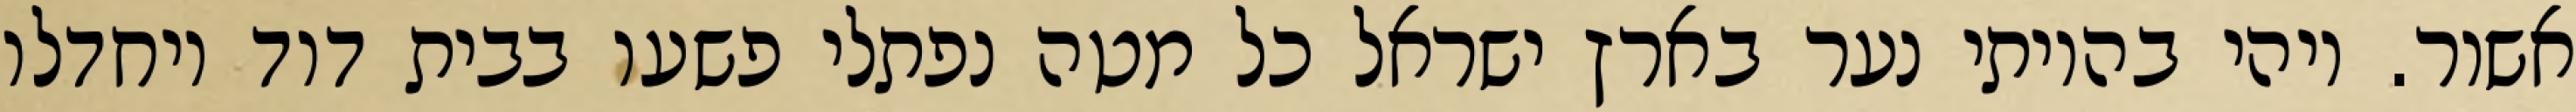
אשור. ויהי בהיותי נער בארץ ישראל כל מטה נפתלי פשעו בבית דוד ויחדלו